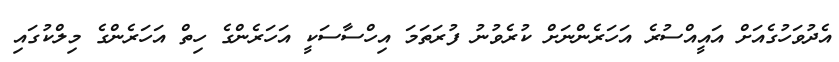
އެދުވަހުގެއަށް އައީއްސުރެ އަހަރެންނަށް ކުރެވުނު ފުރަތަމަ އިހްސާސަކީ އަހަރެންގެ ހިތް އަހަރެންގެ މިލްކުގައި